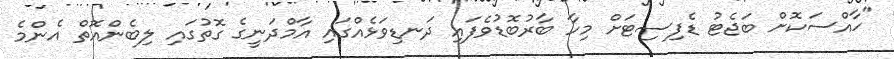
"ހާއްސަކޮށް ބަޖެޓު ޑެފިސިޓަށް މިހާ ބާރުބޮޑުވެފައި ދަނޑިވަޅެއްގައި އާމްދަނީގެ ގޮތުގައި ލިބެންއޮތް އެންމެ